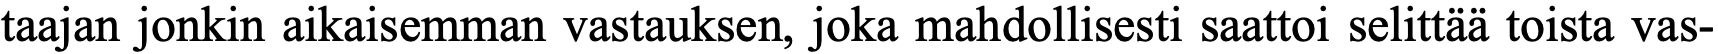
taajan jonkin aikaisemman vastauksen, joka mahdollisesti saattoi selittää toista vas-